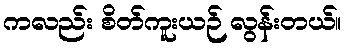
ကလည်း စိတ်ကူးယဉ် လွန်းတယ်။